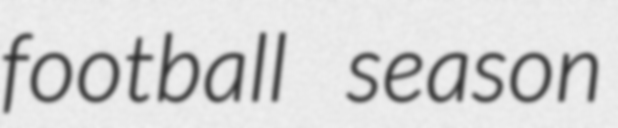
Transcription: football season